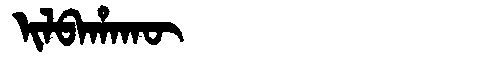
Manchu: ᡳᠯᠪᠠᡥᠠᡴᡡ
Romanization: ILBAHAKŪ